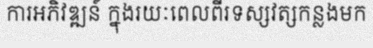
ការអភិវឌ្ឍន៍ ក្នុងរយៈពេលពីរទស្សវត្សកន្លងមក